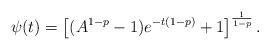
LaTeX: \begin{align*}\psi(t)=\left[(A^{1-p}-1)e^{-t(1-p)}+1\right]^{\frac{1}{1-p}}.\end{align*}